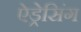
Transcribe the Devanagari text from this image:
ऐड्रेसिंग